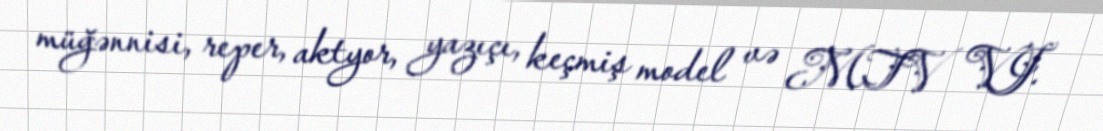
müğənnisi, reper, aktyor, yazıçı, keçmiş model və MTV VJ.